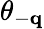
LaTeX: \theta_{-\mathbf{q}}